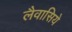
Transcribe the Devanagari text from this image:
लैवासिये